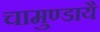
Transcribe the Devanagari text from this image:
चामुण्डायै